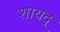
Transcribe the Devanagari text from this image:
शायद्